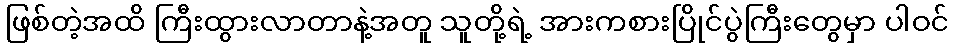
ဖြစ်တဲ့အထိ ကြီးထွားလာတာနဲ့အတူ သူတို့ရဲ့ အားကစားပြိုင်ပွဲကြီးတွေမှာ ပါဝင်